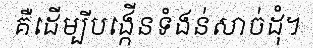
គឺដើម្បីបង្កើនទំងន់សាច់ដុំ។